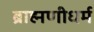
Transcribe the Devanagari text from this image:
ब्राह्मणीधर्म